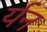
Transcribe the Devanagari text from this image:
र्यन